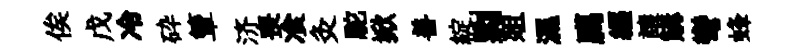
俟戊冷砕簟济喪飡灸駝掀善綻剽爼濕臈纒譲購彎蜂